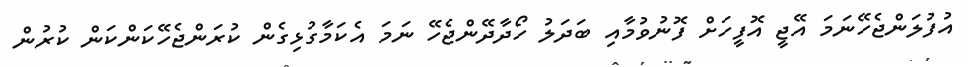
އުފުލަންޖެހޭނަމަ އޭޖީ އޮފީހަށް ފޮނުވުމާއި ބަދަލު ހޯދާދޭންޖެހޭ ނަމަ އެކަމާގުޅިގެން ކުރަންޖެހޭކަންކަން ކުުރުން